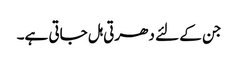
جن کے لئے دھرتی ہل جاتی ہے۔